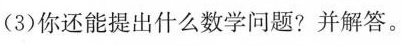
（3）呢还能提出什么数学问题？并解答。